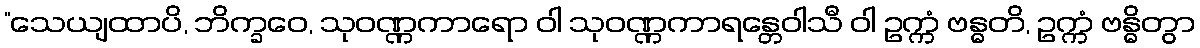
“သေယျထာပိ, ဘိက္ခဝေ, သုဝဏ္ဏကာရော ဝါ သုဝဏ္ဏကာရန္တေဝါသီ ဝါ ဥက္ကံ ဗန္ဓတိ, ဥက္ကံ ဗန္ဓိတွာ